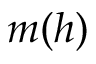
m ( h )